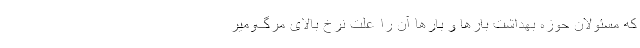
که مسئولان حوزه بهداشت بارها و بارها آن را علت نرخ بالای مرگ‌ومیر